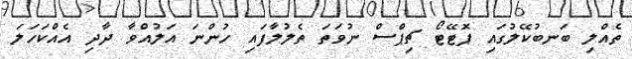
ތެއްލި ބަނބުކޭލުގައި ޕޮޓޭޓޯ ޗިޕްސް ނުވަތަ ތެލުލާފައި ހުންނަ އަލުއްވާ ދާދި އެއްކަހަލަ